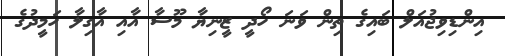
އިންޑިވިޖުއަލް ބައިގެ ތިން ވަނަ ހޯދީ ޒީނިޔާ މޫސާ އާއި އާގިލާ ހަމީދުގެ